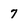
Character: 7